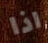
اذا